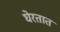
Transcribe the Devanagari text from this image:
घेरतात